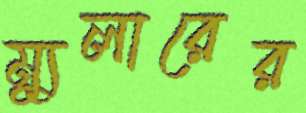
ম্যুলারের